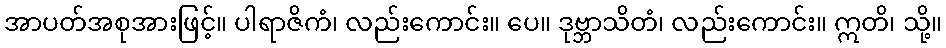
အာပတ်အစုအားဖြင့်။ ပါရာဇိကံ၊ လည်းကောင်း။ ပေ။ ဒုဗ္ဘာသိတံ၊ လည်းကောင်း။ ဣတိ၊ သို့။